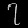
Digit: ၇